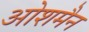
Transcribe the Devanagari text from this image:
ओशमैन